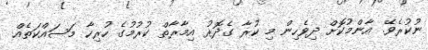
ނުކުރެވޭ. އާންމުކޮށް ދިވެހިން މި ކުރާ ގެދޮރު އިމާރާތް ކުރުމުގެ ހުރިހާ މަސައްކަތެއް